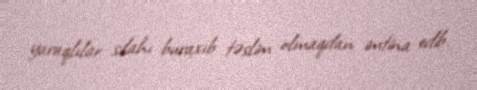
yaraqlılar silahı buraxıb təslim olmaqdan imtina edib.